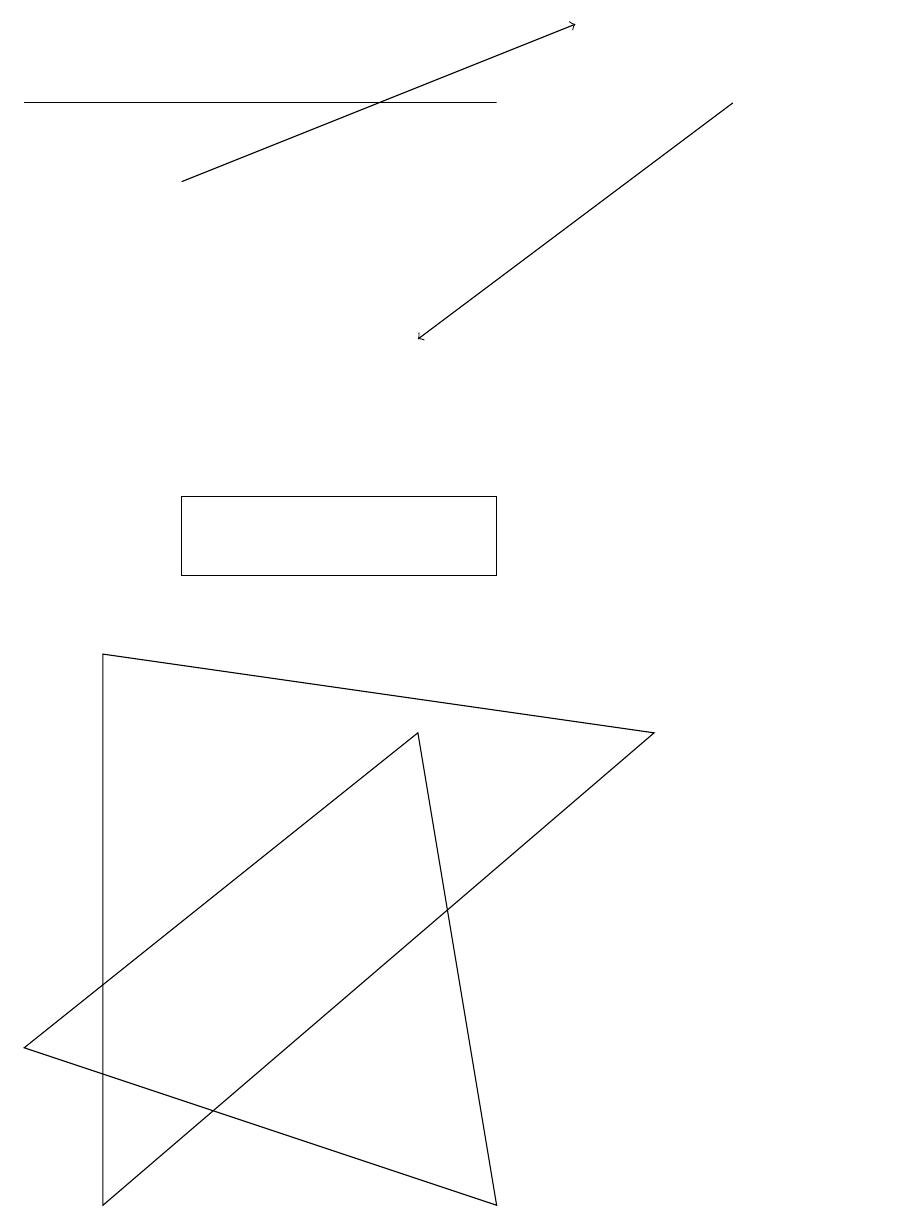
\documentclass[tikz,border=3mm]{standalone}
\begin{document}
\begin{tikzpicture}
\draw (1,9) -- (1,2) -- (8,8) -- cycle;
\draw (6,11) rectangle (2,10);
\draw[->] (9,16) -- (5,13);
\draw (6,16) rectangle (0,16);
\draw (11,11) circle (0);
\draw[->] (2,15) -- (7,17);
\draw (5,8) -- (0,4) -- (6,2) -- cycle;
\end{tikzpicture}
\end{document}